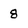
Character: 8